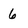
Character: 6